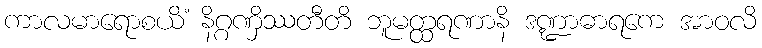
ကာလမာရောစယိံ နိဂ္ဂဏှိဿတီတိ ဘူမတ္ထရဏာနိ ဒဏ္ဍာဓာရကေ အာဝလိ